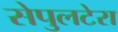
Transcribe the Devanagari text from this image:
सेपुलटेरा